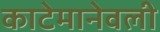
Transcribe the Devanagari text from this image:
काटेमानेवली